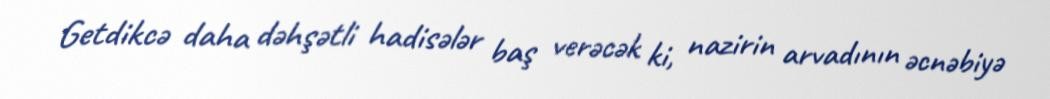
Getdikcə daha dəhşətli hadisələr baş verəcək ki, nazirin arvadının əcnəbiyə